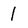
Character: 1